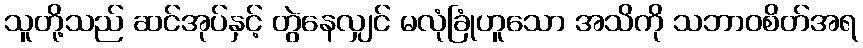
သူတို့သည် ဆင်အုပ်နှင့် တွဲနေလျှင် မလုံခြုံဟူသော အသိကို သဘာဝစိတ်အရ